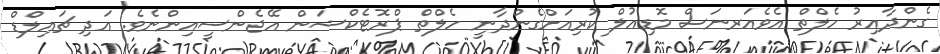
ގެންދާއިރު ހެލްތް އެވެއަރނަސް މޮޑިއުލް ކުރިއަށްގެންދާނީ ހެލްތް ޕްރޮޓެކްޝަން އޭޖެންސީއިންނެވެ. އަދި ޗައިލްޑް